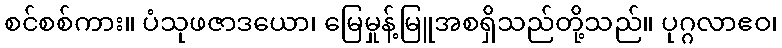
စင်စစ်ကား။ ပံသုဖဇာဒယော၊ မြေမှုန့်မြူအစရှိသည်တို့သည်။ ပုဂ္ဂလာဧဝ၊